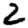
Digit: 2